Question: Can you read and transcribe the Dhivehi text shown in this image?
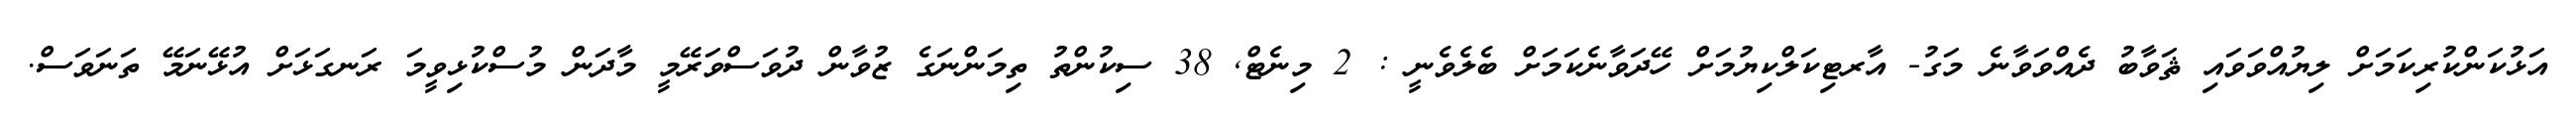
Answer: އަޅުކަންކުރިކަމަށް ލިޔުއްވަވައި ޘަވާބު ދެއްވަވާނެ މަގު- އާރޓިކަލްކިޔުމަށް ހޭދަވާނެކަމަށް ބެލެވެނީ : 2 މިނެޓް, 38 ސިކުންތު ތިމަންނަގެ ޒުވާން ދުވަސްވަރޭމީ މާދަން މުސްކުޅިވީމަ ރަނގަޅަށް އުޅޭނަމޭ ތަނަވަސް.